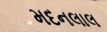
મદનલાલ